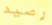
رصيد